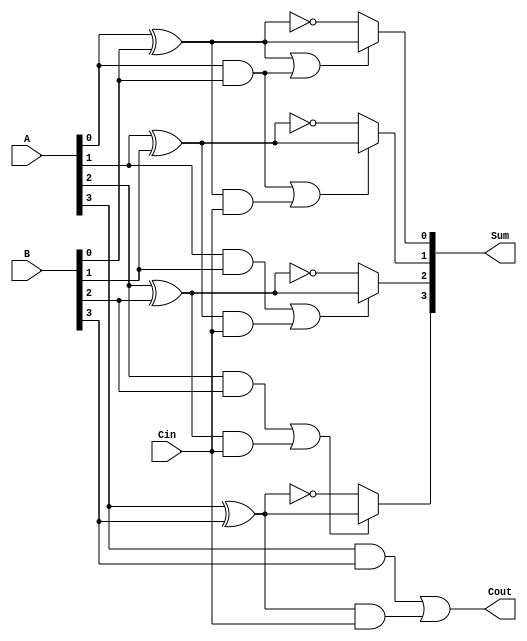
module conditional_sum_adder #(parameter N = 4) (
    input  wire [N-1:0] A,        // First n-bit input
    input  wire [N-1:0] B,        // Second n-bit input
    input  wire Cin,               // Carry-in
    output wire [N-1:0] Sum,       // Output sum
    output wire Cout               // Carry-out
);

    // Intermediate wires for partial sums and carries
    wire [N-1:0] S0;               // Partial sum S0 (carry-in = 0)
    wire [N-1:0] S1;               // Partial sum S1 (carry-in = 1)
    wire [N-1:0] C0;               // Carry generate when A[i] & B[i]
    wire [N-1:0] C1;               // Carry generate when (A[i] ^ B[i]) & Cin
    wire [N-1:0] selected_sum;     // Selected sum based on carry

    // Calculate the partial sums S0 and S1
    genvar i;
    generate
        for (i = 0; i < N; i = i + 1) begin : sum_generation
            assign S0[i] = A[i] ^ B[i] ^ 1'b0; // S0 for carry-in = 0
            assign S1[i] = A[i] ^ B[i] ^ 1'b1; // S1 for carry-in = 1
        end
    endgenerate

    // Calculate carry signals C0 and C1
    generate
        for (i = 0; i < N; i = i + 1) begin : carry_generation
            assign C0[i] = A[i] & B[i];                  // Carry generated by both inputs
            assign C1[i] = (A[i] ^ B[i]) & Cin;          // Carry generated when Cin is 1
        end
    endgenerate

    // Select the appropriate output sums
    generate
        for (i = 0; i < N; i = i + 1) begin : select
            if (i == 0) begin
                assign selected_sum[i] = S0[i] || C0[i] ? S0[i] : S1[i]; 
            end else begin
                assign selected_sum[i] = (C0[i-1] || C1[i-1]) ? S0[i] : S1[i]; 
            end
        end
    endgenerate

    // Assign outputs
    assign Sum = selected_sum;
    assign Cout = C0[N-1] || C1[N-1];  // Final Carry-out

endmodule